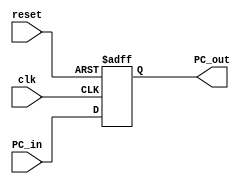
////////////////////////////////////////////////////////////////////
//  Module       : PC_REG
//  Modified by  : C. Patterson
//  Description  : 32-bit PC register
//   
//
//     This is a 32-bit register that holds the value of PC.
//  It is also responsible to resetting the PC to 0x00400024
//  when the reset signal is 1.

module PC_REG
  (
   clk,
   reset, 
   PC_in, 
   PC_out
   );

   parameter pc_delay = 1;	
 
   output [31:0] PC_out;				
   reg [31:0] 	 PC_out;
   
   input [31:0]  PC_in;	
   input 	 clk;
   input 	 reset;

   always@(posedge clk or posedge reset)
     begin
	if (~reset)
	  PC_out = PC_in;
	else
	  PC_out = 32'h00400024;
     end
      
endmodule // PC_REG